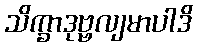
သိက္ခာဒုဗ္ဗလျမာပါဒိ